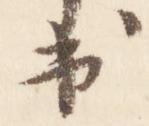
出